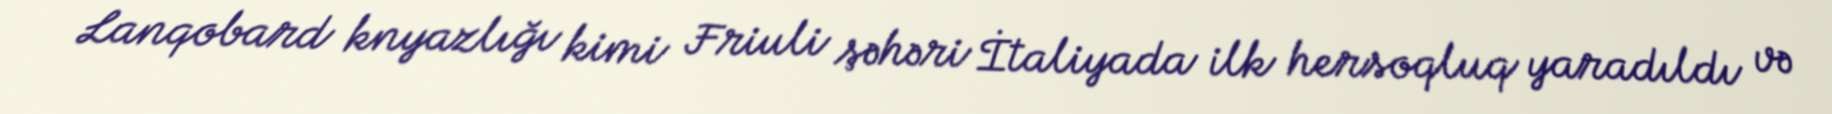
Lanqobard knyazlığı kimi Friuli şəhəri İtaliyada ilk hersoqluq yaradıldı və